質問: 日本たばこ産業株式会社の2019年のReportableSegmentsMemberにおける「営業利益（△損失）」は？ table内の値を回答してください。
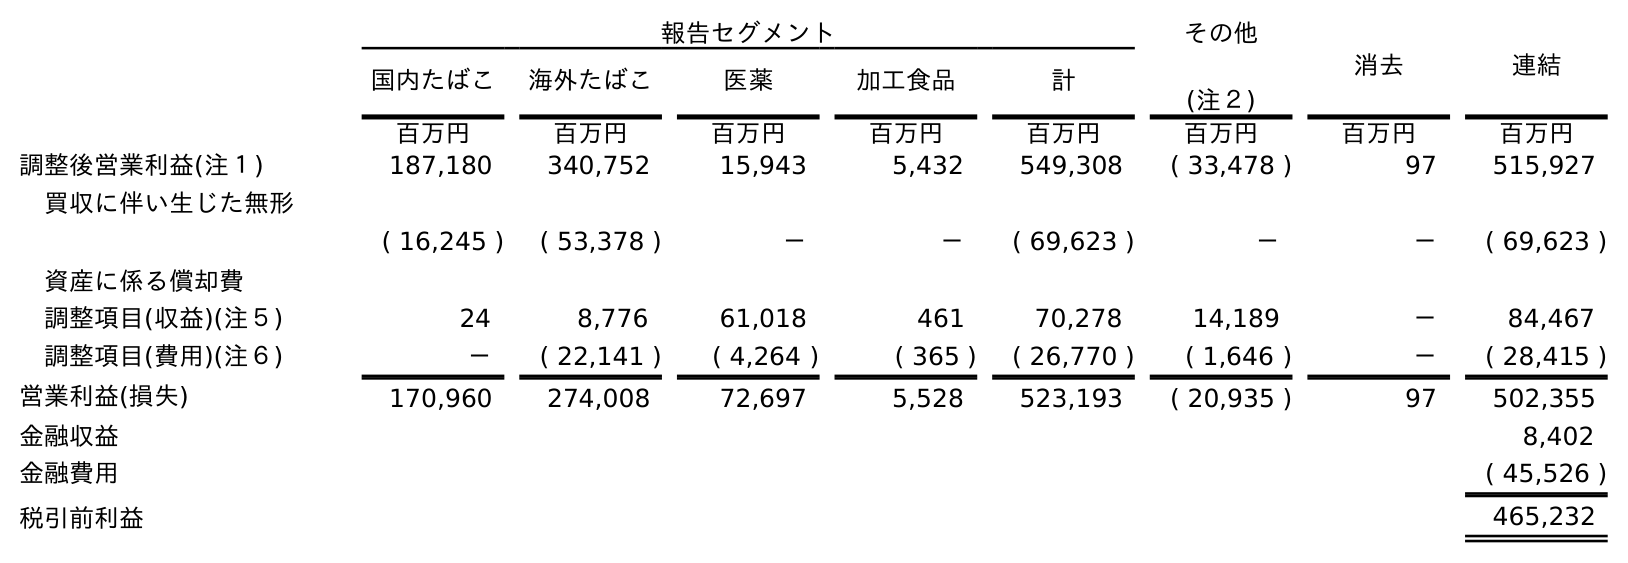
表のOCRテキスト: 報告セグメント その他 (注２) 消去 連結 国内たばこ 海外たばこ 医薬 加工食品 計 百万円 百万円 百万円 百万円 百万円 百万円 百万円 百万円 調整後営業利益(注１) 187,180 340,752 15,943 5,432 549,308 ( 33,478 ) 97 515,927 買収に伴い生じた無形 資産に係る償却費 ( 16,245 ) ( 53,378 ) － － ( 69,623 ) － － ( 69,623 ) 調整項目(収益)(注５) 24 8,776 61,018 461 70,278 14,189 － 84,467 調整項目(費用)(注６) － ( 22,141 ) ( 4,264 ) ( 365 ) ( 26,770 ) ( 1,646 ) － ( 28,415 ) 営業利益(損失) 170,960 274,008 72,697 5,528 523,193 ( 20,935 ) 97 502,355 金融収益 8,402 金融費用 ( 45,526 ) 税引前利益 465,232
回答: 523,193